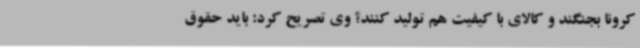
کرونا بجنگند و کالای با کیفیت هم تولید کنند؟ وی تصریح کرد: باید حقوق